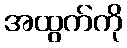
အထွက်ကို